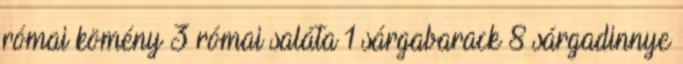
római kömény 3 római saláta 1 sárgabarack 8 sárgadinnye